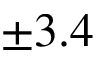
\pm 3 . 4